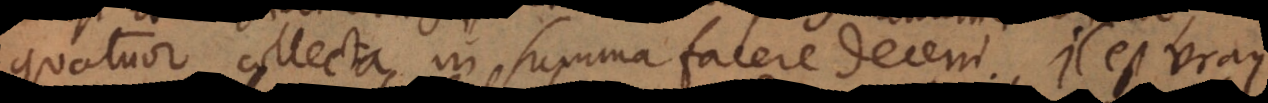
quatuor collecta in summa facere decem. Il est vray